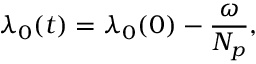
\lambda _ { 0 } ( t ) = \lambda _ { 0 } ( 0 ) - \frac { \omega } { N _ { p } } ,